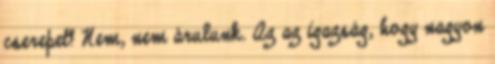
cserepet? Nem, nem árulunk. Az az igazság, hogy nagyon